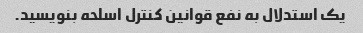
یک استدلال به نفع قوانین کنترل اسلحه بنویسید.